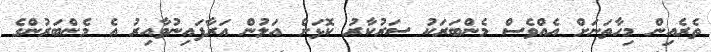
ތެރެއިން މިހާތަނަށް އެއްވެސް މެންބަރަކު ސަރުކާރު ކޮޅަށް އަލުން އަރާފައިނުވާއިރު އެ މެންބަރުންގެ